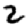
Digit: 2